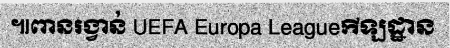
៕ពានរង្វាន់ UEFA Europa Leagueកីឡដ្ឋាន